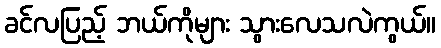
ခင်လပြည့် ဘယ်ကိုများ သွားလေသလဲကွယ်။